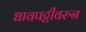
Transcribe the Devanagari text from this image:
धावपट्टीवरुन